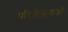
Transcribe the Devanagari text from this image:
परियोजनाऑं